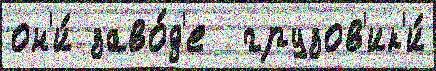
он'и́ заво́д'е  грузов'ик'и́